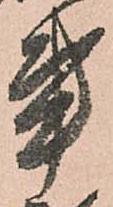
事